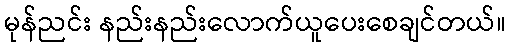
မုန်ညင်း နည်းနည်းလောက်ယူပေးစေချင်တယ်။